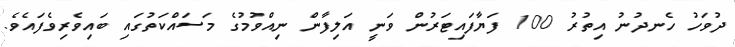
ދުވަހު ހެނދުނު އިތުރު 100 ފަޔާފައިޓަރުން ވަނީ އަލިފާން ނިއްވުމުގެ މަސައްކަތުގައި ބައިވެރިވެފައެވެ.